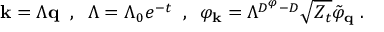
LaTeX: { \bf { k } } = \Lambda { \bf { q } } \; \; , \; \; \Lambda = \Lambda _ { 0 } e ^ { - t } \; \; , \; \; \varphi _ { \bf { k } } = \Lambda ^ { D ^ { \varphi } - D } \sqrt { Z _ { t } } \tilde { \varphi } _ { \bf { q } } \; .